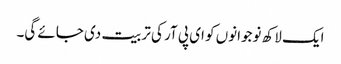
ایک لاکھ نوجوانوں کو ای پی آر کی تربیت دی جائے گی۔